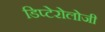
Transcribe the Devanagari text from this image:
डिप्टेरोलोजी